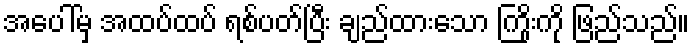
အပေါ်မှ အထပ်ထပ် ရစ်ပတ်ပြီး ချည်ထားသော ကြိုးကို ဖြည်သည်။